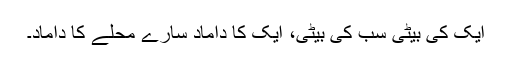
ایک کی بیٹی سب کی بیٹی، ایک کا داماد سارے محلے کا داماد۔